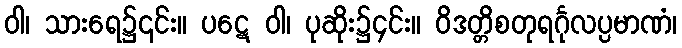
ဝါ၊ သားရေ၌၎င်း။ ပဋေ ဝါ၊ ပုဆိုး၌၄င်း။ ဝိဒတ္တိစတုရင်္ဂုလပ္ပမာဏံ၊